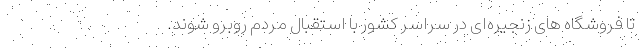
تا فروشگاه ­های زنجیره­ای در سراسر کشور با استقبال مردم روبرو شوند.